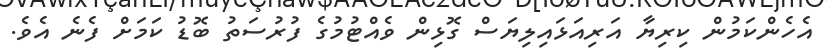
އެހެންކަމުން ކިރިޔާ އަރިއަޅައިލިޔަސް ގޮޅިން ވެއްޓުމުގެ ފުރުސަތު ބޮޑު ކަމަށް ފެނެ އެވެ.